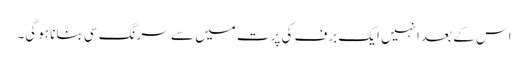
اس کے بعد انہیں ایک برف کی پرت میں سے سرنگ سی بنانا ہوگی۔